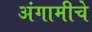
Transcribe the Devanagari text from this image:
अंगामीचे